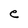
Character: e